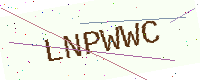
Text: LNPWWC